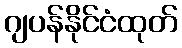
ဂျပန်နိုင်ငံထုတ်